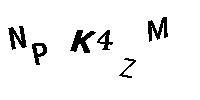
NPK4ZM